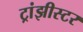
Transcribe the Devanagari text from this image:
ट्रांझीस्टर